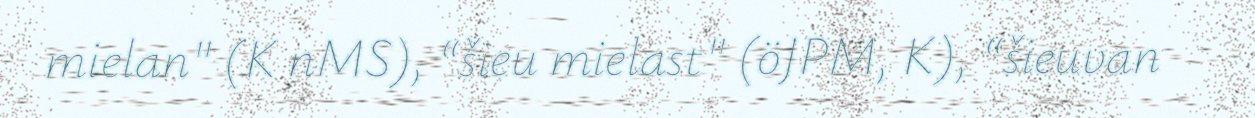
mielan" (K nMS), “šieu mielast" (öJPM, K), “šieuvan